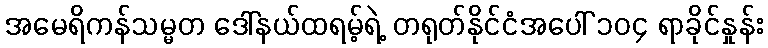
အမေရိကန်သမ္မတ ဒေါ်နယ်ထရမ့်ရဲ့ တရုတ်နိုင်ငံအပေါ် ၁၀၄ ရာခိုင်နှုန်း